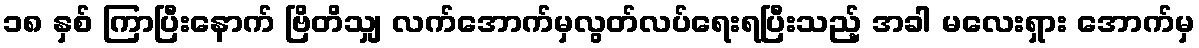
၁၈ နှစ် ကြာပြီးနောက် ဗြိတိသျှ လက်အောက်မှလွတ်လပ်ရေးရပြီးသည့် အခါ မလေးရှား အောက်မှ